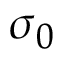
\sigma _ { 0 }